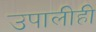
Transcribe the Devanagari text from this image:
उपालीही